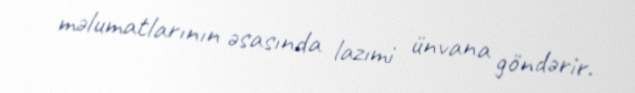
məlumatlarının əsasında lazımi ünvana göndərir.